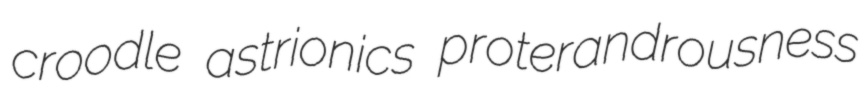
croodle astrionics proterandrousness